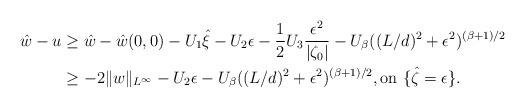
LaTeX: \begin{align*} \hat w - u & \geq \hat w - \hat w(0,0) - U_1 \hat \xi - U_2 \epsilon - \frac{1}{2} U_3 \frac{\epsilon^2}{|\zeta_0|} - U_\beta ((L/d)^2 + \epsilon^2)^{(\beta+1)/2} \\ & \geq -2 \| w \|_{L^\infty} - U_2 \epsilon - U_\beta ((L/d)^2 + \epsilon^2)^{(\beta+1)/2}, \textrm{on } \{ \hat \zeta = \epsilon \}. \end{align*}